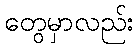
တွေမှာလည်း